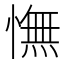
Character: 憮